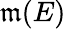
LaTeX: \mathfrak{m}(E)